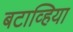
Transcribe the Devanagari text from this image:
बटाव्हिया